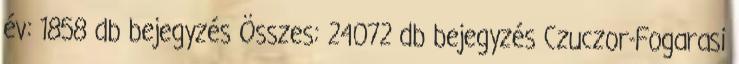
év: 1858 db bejegyzés Összes: 24072 db bejegyzés Czuczor-Fogarasi